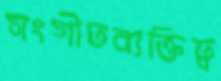
সংগীতব্যক্তিত্ব